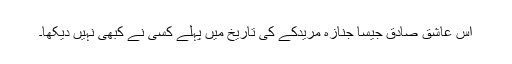
اس عاشق صادق جیسا جنازہ مریدکے کی تاریخ میں پہلے کسی نے کبھی نہیں دیکھا۔